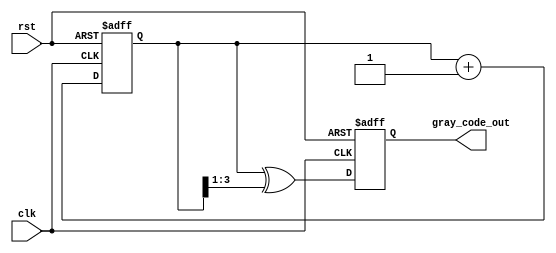
module gray_code_counter #(parameter N = 4) (
    input wire clk,
    input wire rst,
    output reg [N-1:0] gray_code_out
);

    reg [N-1:0] binary_count;

    // Convert binary count to Gray code
    function [N-1:0] binary_to_gray;
        input [N-1:0] binary;
        begin
            binary_to_gray = binary ^ (binary >> 1);
        end
    endfunction

    always @(posedge clk or posedge rst) begin
        if (rst) begin
            // Reset the binary count and Gray code output
            binary_count <= 0;
            gray_code_out <= binary_to_gray(0);
        end else begin
            // Increment the binary count
            binary_count <= binary_count + 1;
            // Convert to Gray code
            gray_code_out <= binary_to_gray(binary_count);
        end
    end

endmodule